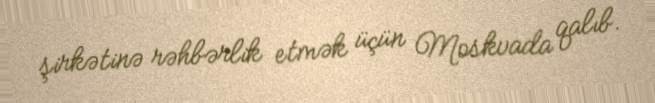
şirkətinə rəhbərlik etmək üçün Moskvada qalıb.